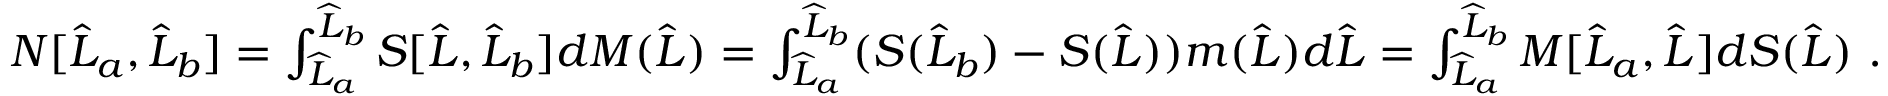
\begin{array} { r } { N [ \widehat { L } _ { a } , \widehat { L } _ { b } ] = \int _ { \widehat { L } _ { a } } ^ { \widehat { L } _ { b } } S [ \widehat { L } , \widehat { L } _ { b } ] d M ( \widehat { L } ) = \int _ { \widehat { L } _ { a } } ^ { \widehat { L } _ { b } } ( S ( \widehat { L } _ { b } ) - S ( \widehat { L } ) ) m ( \widehat { L } ) d \widehat { L } = \int _ { \widehat { L } _ { a } } ^ { \widehat { L } _ { b } } M [ \widehat { L } _ { a } , \widehat { L } ] d S ( \widehat { L } ) \ . } \end{array}